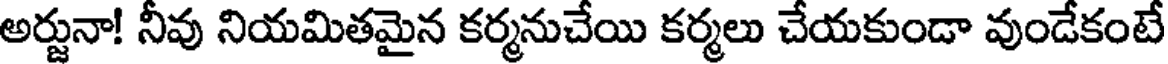
అర్జునా! నీవు నియమితమైన కర్మనుచేయి కర్మలు చేయకుండా వుండేకంటే